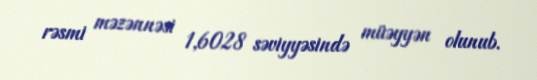
rəsmi məzənnəsi 1,6028 səviyyəsində müəyyən olunub.